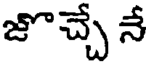
జొచ్చే నే